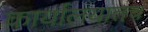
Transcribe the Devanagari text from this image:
कार्यालयातच